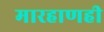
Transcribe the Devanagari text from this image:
मारहाणही